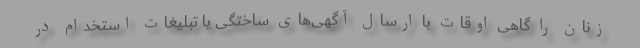
زنان را گاهی اوقات با ارسال آگهی‌های ساختگی یا تبلیغات استخدام در